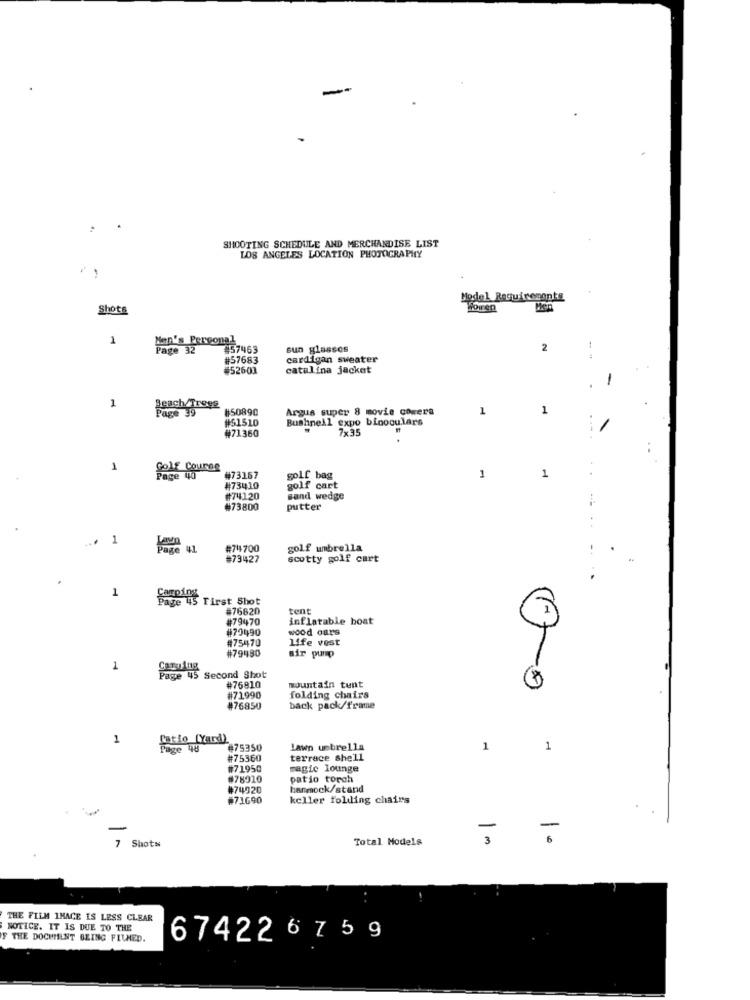
.
SHOOTING SCHEDULE AND MERCHANDISE LIST
LOS ANGELES LOCATION PHOTOGRAPHY
Model Requirements
Shots
boren
Men
1
Men's Personal
Page 32
457463
sun glasses
2
-
#57683
cardigan sweater
#5260]
catalina jacket
-
1
Beach/Trees
Page 39
#50890
Argus super 8 movie camera
1
1
#51510
Bushnell expo binoculars
7x35
#71360
1
Golf Course
Page 40
#731.57
golf bag
1
1
#73410
golf cart
#74120
sand wedge
#73800
putter
... 1
Page 41
#744700
golf umbrella
#73427
scotty golf cart
1
Page 45 First Shot
#76820
tent
1
#79470
inflatable boat
#79490
wood oars
#75470
Life vest
#79480
air pump
1
Page 45
Second Shot
#76810
mountain tunt
#71990
folding chairs
#76850
back pack/frame
1
Carlo (and)
Page 48
#75350
Lawn umbrella
1
1
#75360
terrace shell
#71950
magic lounge
#78910
patio torch
#74920
hanmock/stand
#71690
keller folding chairs
Total Models
7 Shots
THE FILM 1HACE IS LESS CLEAR
NOTICE. IT IS DUE TO THE
F THE DOCUMENT BEING FILMED.
67422 6 7 5 9